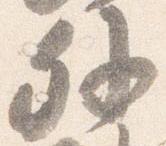
外